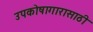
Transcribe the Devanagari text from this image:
उपकोषागारासाठी